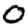
Digit: 0